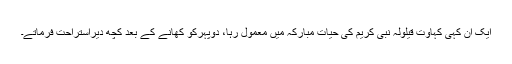
ایک ان کہی کہاوت قیلولہ نبی کریم کی حیات مبارکہ میں معمول رہا، دوپہرکو کھانے کے بعد کچھ دیراستراحت فرماتے۔